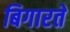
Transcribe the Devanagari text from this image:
बिगारते